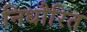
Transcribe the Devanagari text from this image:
निधौरित